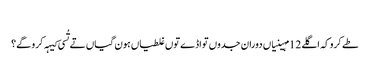
‏
طے کرو کہ اگلے 12 مہینیاں دوران جدوں تواڈے توں غلطیاں ہون گیاں تے تُسی کیہہ کرو گے؟